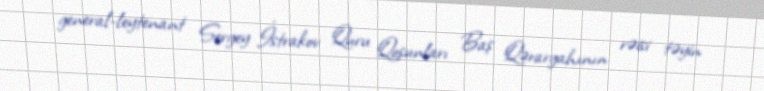
general-leytenant Sergey İstrakov Quru Qoşunları Baş Qərargahının rəisi təyin